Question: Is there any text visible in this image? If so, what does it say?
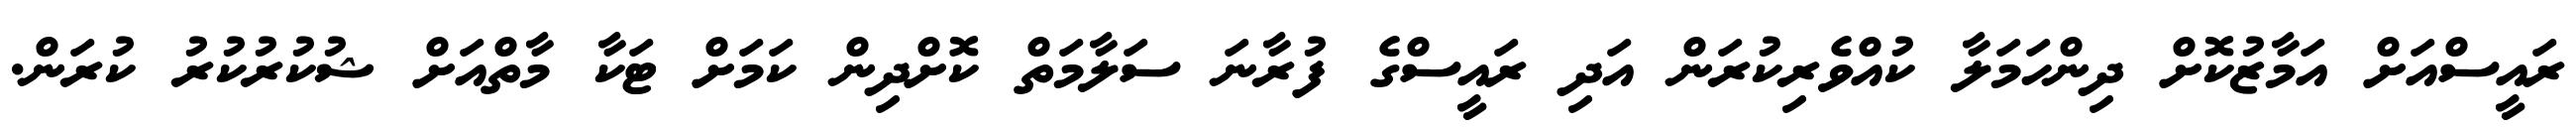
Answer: ރައީސްއަށް އަމާޒުކޮށް ދިންހަމަލާ ކުއްވެރިކުރަން އަދި ރައީސްގެ ފުރާނަ ސަލާމަތް ކޮށްދިން ކަމަށް ޓަކާ މާތްއަށް ޝުކުރުކުރު ކުރަން.